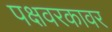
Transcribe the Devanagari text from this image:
पक्षवरकावर